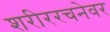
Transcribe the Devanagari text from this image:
शरीररचनेवर